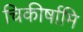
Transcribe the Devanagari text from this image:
चिकीर्षामि